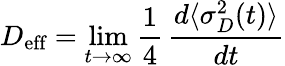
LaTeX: D_{\textrm{eff}}=\operatorname*{lim}_{t\rightarrow\infty}\frac{1}{4}\, \frac{d\langle\sigma_{D}^{2}(t)\rangle}{dt}